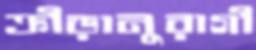
ক্রীড়ানুরাগী